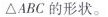
△ABC的形状。